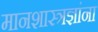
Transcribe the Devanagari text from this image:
मानशास्त्रज्ञांना